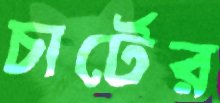
চার্টের